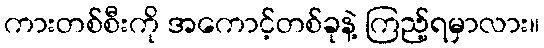
ကားတစ်စီးကို အကောင့်တစ်ခုနဲ့ ကြည့်ရမှာလား။